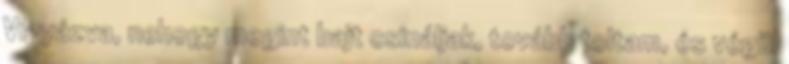
Vigyázva, nehogy megint bajt csináljak, tovább toltam, és végül